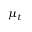
{ \boldsymbol { \mu } } _ { t }